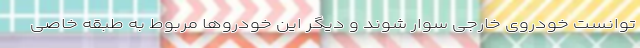
توانست خودروی خارجی سوار شوند و دیگر این خودروها مربوط به طبقه خاصی